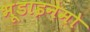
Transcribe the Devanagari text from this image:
भूडाइनेमो